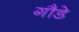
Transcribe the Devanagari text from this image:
गौडे